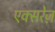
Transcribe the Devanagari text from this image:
एक्सरेज़